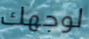
لوجهك